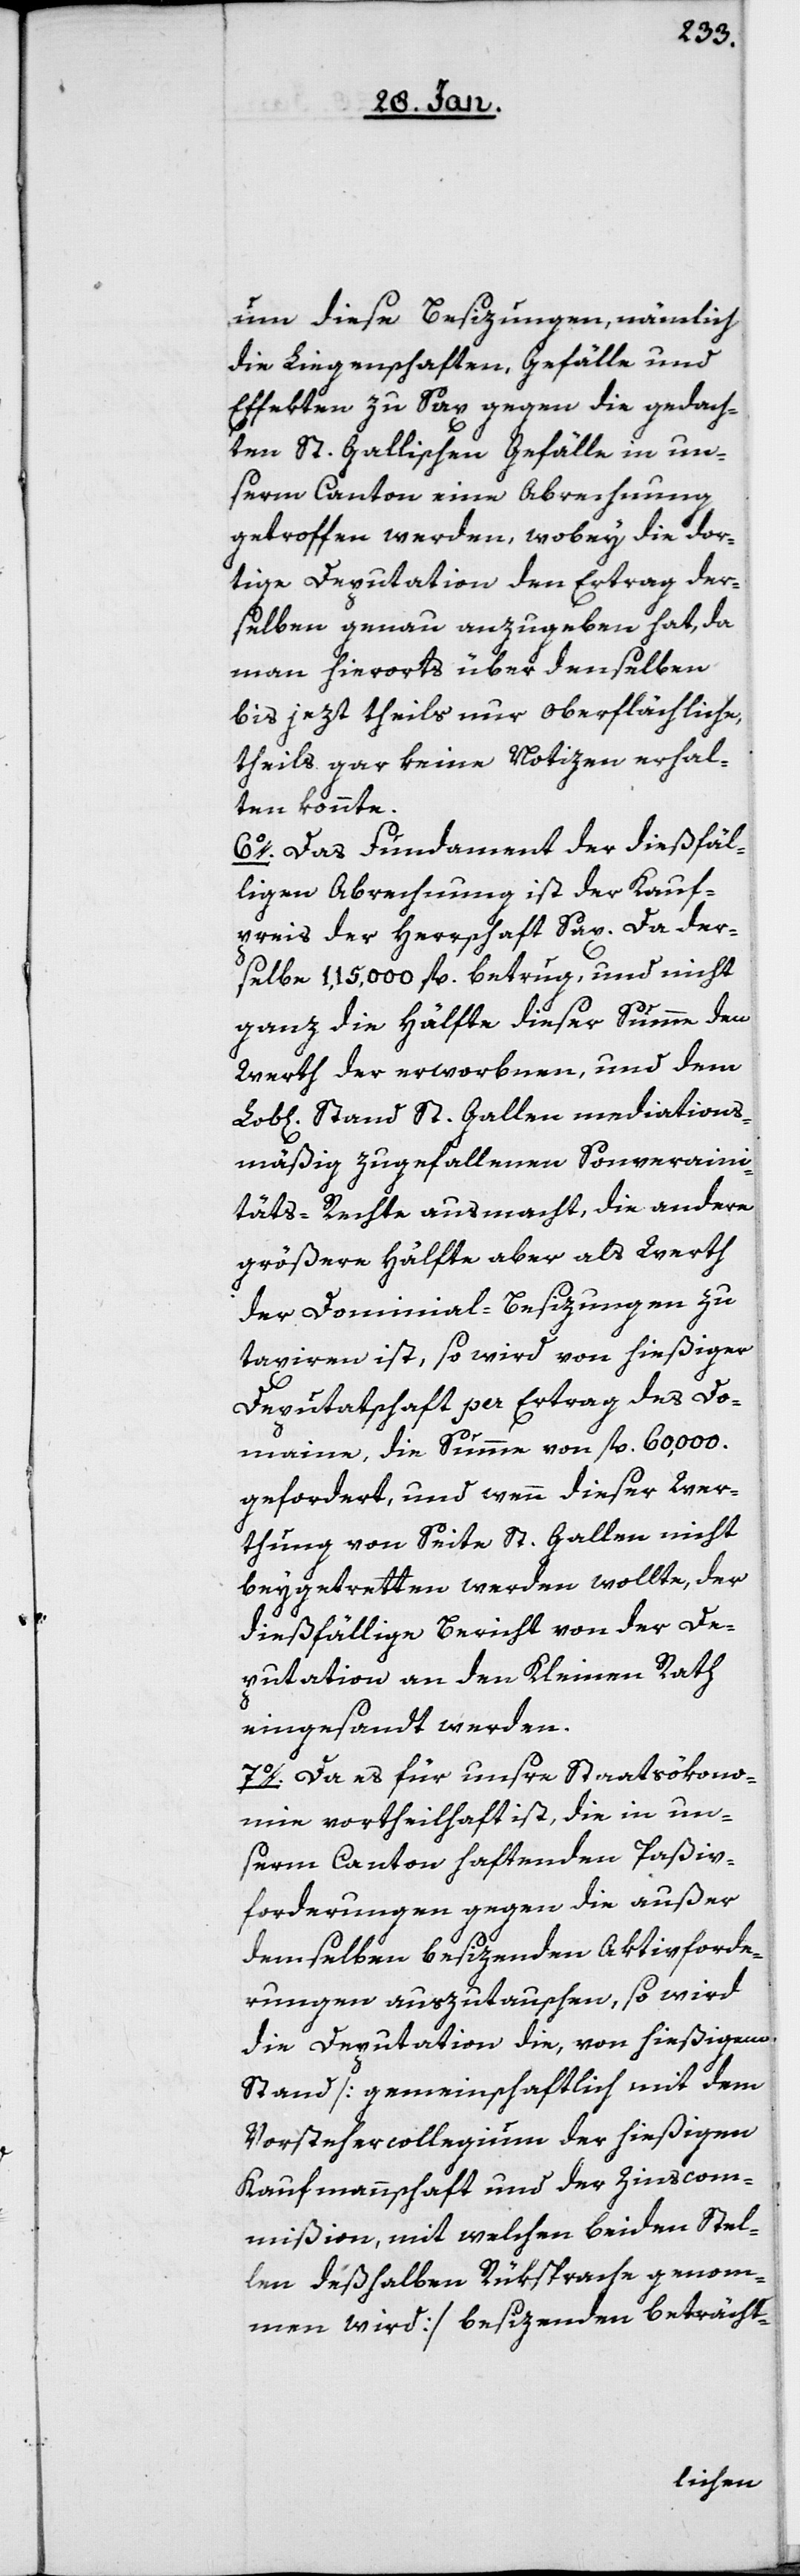
um diese Besizungen, nämlich
die Liegenschaften, Gefälle und
Effekten zu Sax gegen die gedach¬
ten St. Gallischen Gefälle in un¬
serm Canton eine Abrechnung
getroffen werden, wobey die dor¬
tige Deputation den Ertrag der¬
selben genau anzugeben hat, da
man hierorts über denselben
bis jezt theils nur oberflächliche,
theils gar keine Notizen erhal¬
ten konnte.
6o. Das Fundament der dießfäl¬
ligen Abrechnung ist der Kauf¬
preis der Herrschaft Sax. Da der¬
selbe 115,000 fl. betrug, und nicht
ganz die Hälfte dieser Summe dem
Werth der erworbnen, und dem
Stand St. Gallen mediations¬
mäßig zugefallenen Souveraini¬
stäts-Rechte ausmacht, die andere
größere Hälfte aber als Werth
der Dominial-Besizungen zu
taxieren ist, so wird von hießiger
Deputatschaft per Ertrag des Do¬
maine, die Summe von fl. 60,000.
gefordert, und wenn dieser Wer¬
thung von Seite St. Gallen nicht
beygetretten werden wollte, der
dießfällige Bericht von der De¬
putation an den Kleinen Rath
eingesandt werden.
7o. Da es für unsre Staatsökono¬
mie vortheilhaft ist, die in un¬
serm Canton haftenden Paßiv¬
forderungen gegen die außer
demselben besizenden Aktivforde¬
rungen auszutauschen, so wird
die Deputation die, von hießigem
Stand [gemeinschaftlich mit dem
Vorstehercollegium der hießigen
Kaufmannschaft und der Zinscom¬
mißion, mit welchen beiden Stel¬
len deßhalben Rüksprache genom¬
men wird] besizenden beträcht-